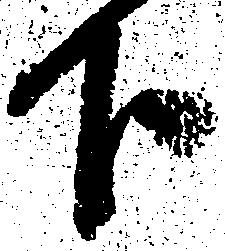
下